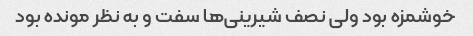
خوشمزه بود ولی نصف شیرینی‌ها سفت و به نظر مونده بود